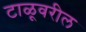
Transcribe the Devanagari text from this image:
टाळूवरील